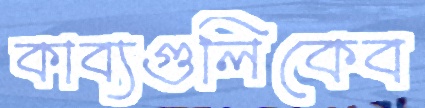
কাব্যগুলিকেব